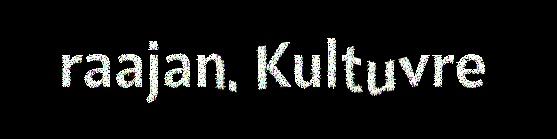
raajan. Kultuvre